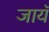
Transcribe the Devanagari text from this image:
जायॅ